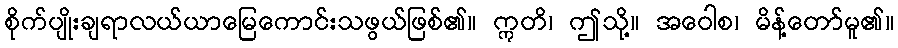
စိုက်ပျိုးချရာလယ်ယာမြေကောင်းသဖွယ်ဖြစ်၏။ ဣတိ၊ ဤသို့။ အဝေါစ၊ မိန့်တော်မူ၏။